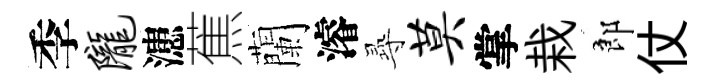
季陇漶蕉蘭濬𡬶莫掌栽郎仗